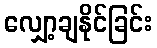
လျှော့ချနိုင်ခြင်း